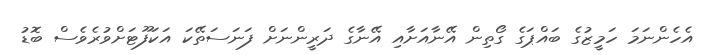
އެހެންނަމަ ހަމީޒުގެ ބައްޕަގެ ގޯތިން އޭނާއަށާއި އޭނާގެ ދަރީންނަށް ފަނަސަތޭކަ އަކަފޫޓަށްވުރެވެސް ބޮޑު